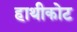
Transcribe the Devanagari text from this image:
हाथीकोट